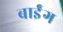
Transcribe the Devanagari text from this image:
बाईंग